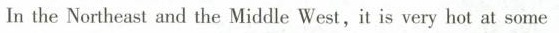
In the Northeast and the Middle West, it is very hot at some